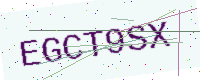
Text: EGCT9SX